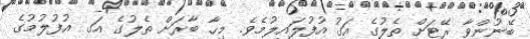
ބޭނުންވާ ރޭޓަށް ތެލުގެ އަގު އުފުލައިލުމެވެ. މިހާ ބާރަށް ތެލުގެ އަގ އުފުލުމުގެ